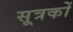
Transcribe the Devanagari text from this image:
सूत्रकों